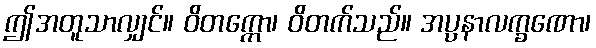
ဤအတူသာလျှင်။ ဝိတက္ကော၊ ဝိတက်သည်။ အပ္ပနာလက္ခဏော၊